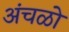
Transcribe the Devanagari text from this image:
अंचळो